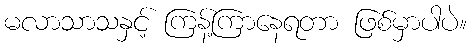
မလာသာသနှင့် ကြန့်ကြာနေရတာ ဖြစ်မှာပါပဲ။